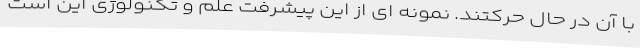
با آن در حال حرکتند. نمونه ای از این پیشرفت علم و تکنولوژی این است